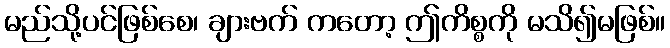
မည်သို့ပင်ဖြစ်စေ၊ ချားဗက် ကတော့ ဤကိစ္စကို မသိ၍မဖြစ်။